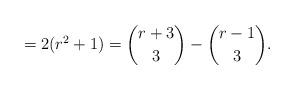
LaTeX: \begin{align*}= 2(r^2 + 1) = {{r+3}\choose{3}} - {{r-1}\choose{3}} .\end{align*}